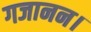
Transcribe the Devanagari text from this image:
गजानन।